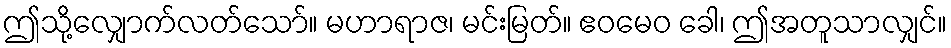
ဤသို့လျှောက်လတ်သော်။ မဟာရာဇ၊ မင်းမြတ်။ ဧဝမေဝ ခေါ၊ ဤအတူသာလျှင်။